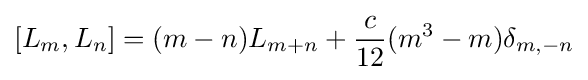
[L_{m},L_{n}]=(m-n)L_{m+n}+{\frac {c}{12}}(m^{3}-m)\delta _{m,-n}